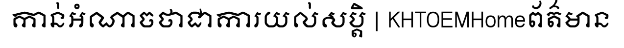
កាន់អំណាចថាជាការយល់សប្តិ | KHTOEMHomeព័ត៌មាន